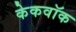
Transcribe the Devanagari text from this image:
केकवॉक